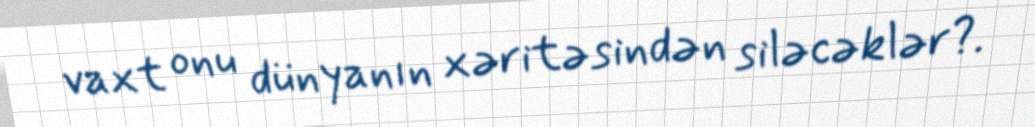
vaxt onu dünyanın xəritəsindən siləcəklər?.